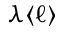
\lambda \langle \ell \rangle